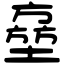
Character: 𡑔